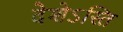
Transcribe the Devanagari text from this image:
देशेऽस्ति